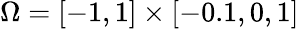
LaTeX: \Omega=[-1,1]\times[-0.1,0,1]